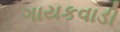
ગાયકવાડી